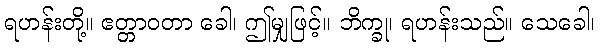
ရဟန်းတို့။ ဧတ္တာဝတာ ခေါ၊ ဤမျှဖြင့်။ ဘိက္ခု၊ ရဟန်းသည်။ သေခေါ၊